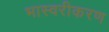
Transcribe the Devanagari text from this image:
भास्वरीकरण